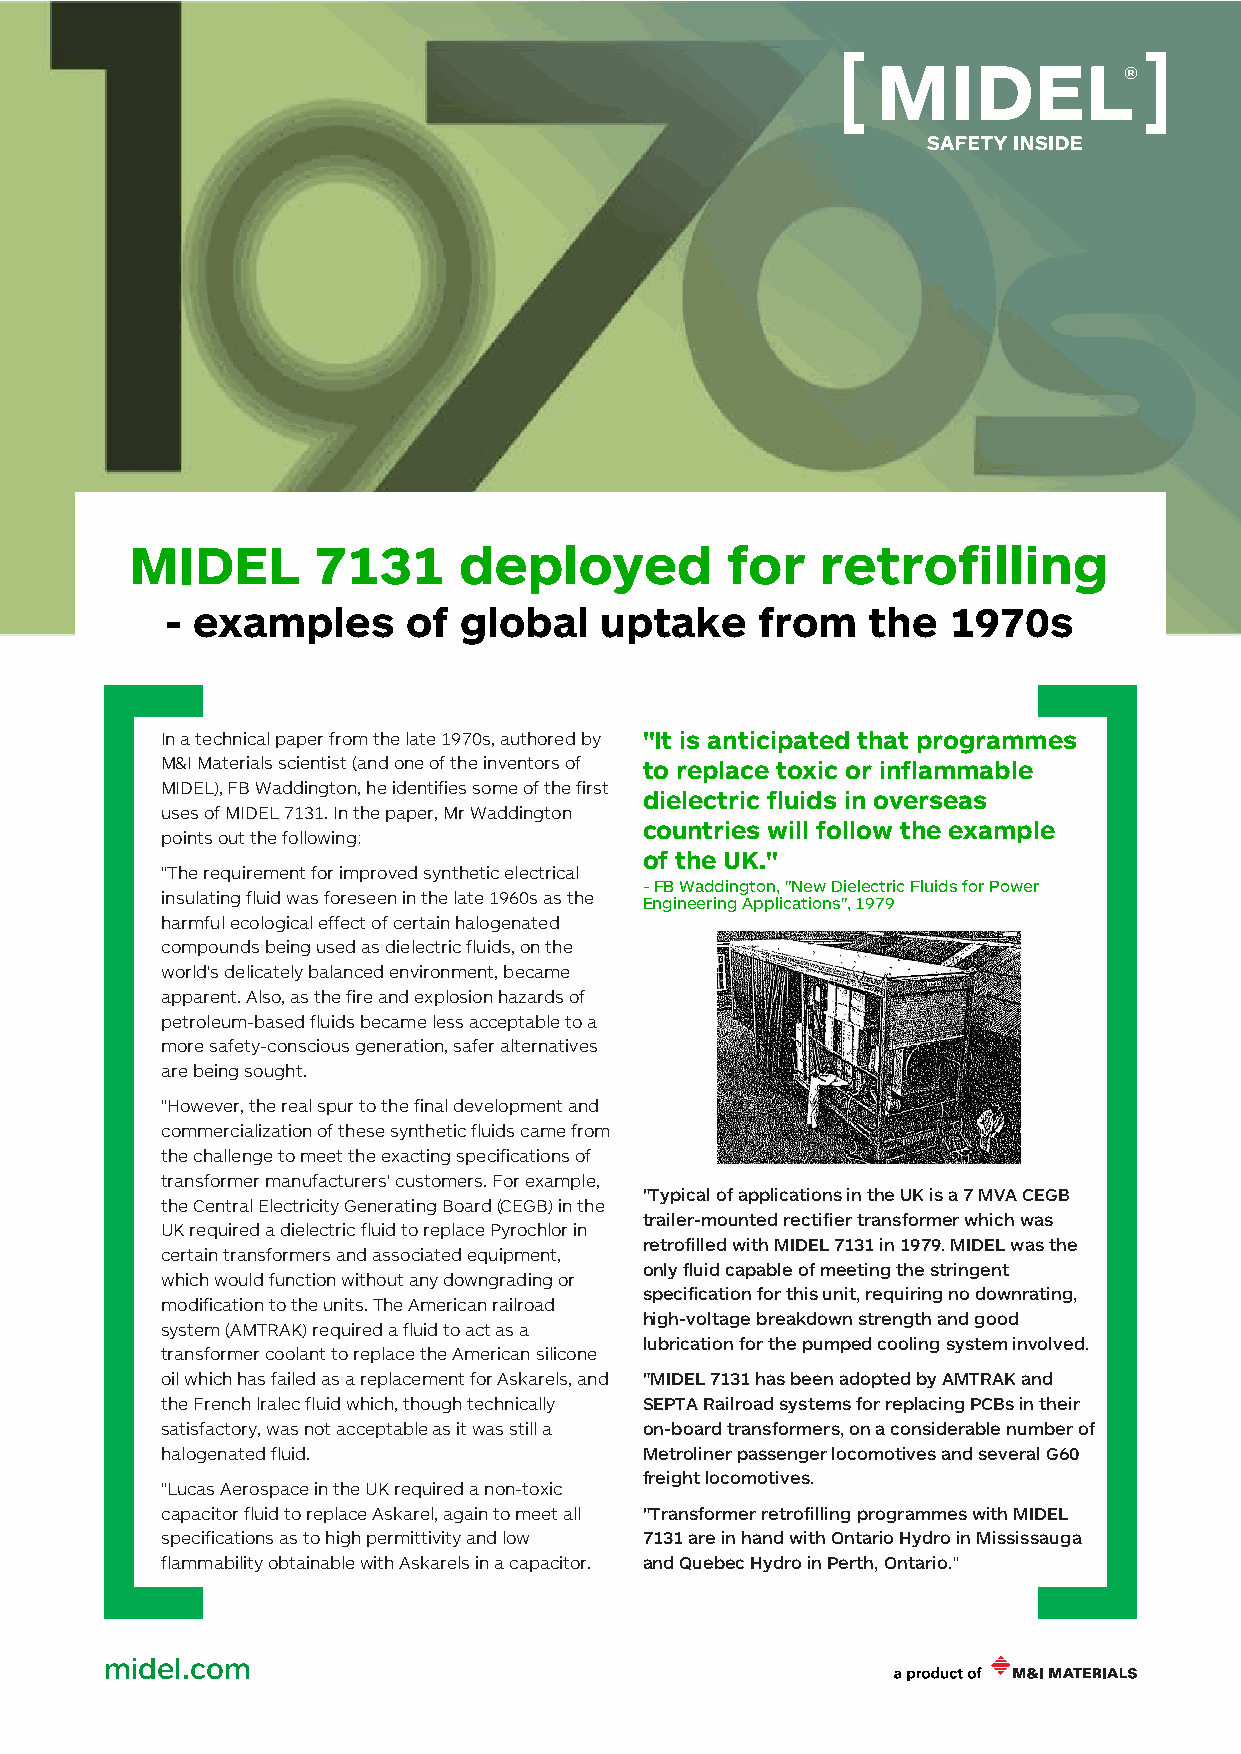
MIDEL       7131     deployed          for   retrofilling
 - examples      of global    uptake    from   the   1970s
 In a technical paper from the late 1970s, authored by "It is anticipated that programmes
 M&I Materials scientist (and one of the inventors of to replace toxic or inflammable
 MIDEL), FB Waddington, he identifies some of the first
 dielectric fluids in overseas
 uses of MIDEL 7131. In the paper, Mr Waddington
 countries will follow the example
 points out the following:
 of the UK."
 "The requirement for improved synthetic electrical
 -FB Waddington, "New Dielectric Fluids for Power
 insulating fluid was foreseen in the late 1960s as the Engineering Applications", 1979
 harmful ecological effect of certain halogenated
 compounds being used as dielectric fluids, on the
 world's delicately balanced environment, became
 apparent. Also, as the fire and explosion hazards of
 petroleum-based fluids became less acceptable to a
 more safety-conscious generation, safer alternatives
 are being sought.
 "However, the real spur to the final development and
 commercialization of these synthetic fluids came from
 the challenge to meet the exacting specifications of
 transformer manufacturers' customers. For example,
 "Typical of applications in the UK is a 7 MVA CEGB
 the Central Electricity Generating Board (CEGB) in the
 trailer-mounted rectifier transformer which was
 UK required a dielectric fluid to replace Pyrochlor in
 retrofilled with MIDEL 7131 in 1979. MIDEL was the
 certain transformers and associated equipment,
 only fluid capable of meeting the stringent
 which would function without any downgrading or
 specification for this unit, requiring no downrating,
 modification to the units. The American railroad
 high-voltage breakdown strength and good
 system (AMTRAK) required a fluid to act as a
 lubrication for the pumped cooling system involved.
 transformer coolant to replace the American silicone
 oil which has failed as a replacement for Askarels, and "MIDEL 7131 has been adopted by AMTRAK and
 the French lralec fluid which, though technically SEPTA Railroad systems for replacing PCBs in their
 satisfactory, was not acceptable as it was still a on-board transformers, on a considerable number of
 halogenated fluid.              Metroliner passenger locomotives and several G60
 freight locomotives.
 "Lucas Aerospace in the UK required a non-toxic
 capacitor fluid to replace Askarel, again to meet all "Transformer retrofilling programmes with MIDEL
 specifications as to high permittivity and low 7131 are in hand with Ontario Hydro in Mississauga
 flammability obtainable with Askarels in a capacitor. and Quebec Hydro in Perth, Ontario."
 midel.com